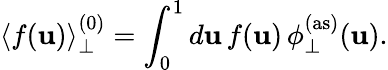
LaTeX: \left<f(\mathbf{u})\right>_{\perp}^{(0)}=\int_{0}^{1}d\mathbf{u}\, f(\mathbf{u})\, \phi_{\perp}^{(\mathrm{{as}})}(\mathbf{u}).